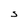
Character: S